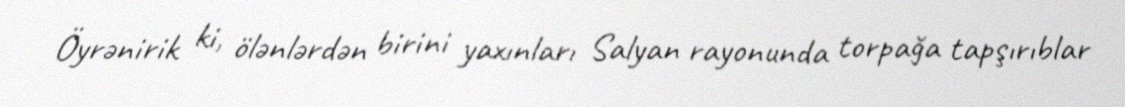
Öyrənirik ki, ölənlərdən birini yaxınları Salyan rayonunda torpağa tapşırıblar